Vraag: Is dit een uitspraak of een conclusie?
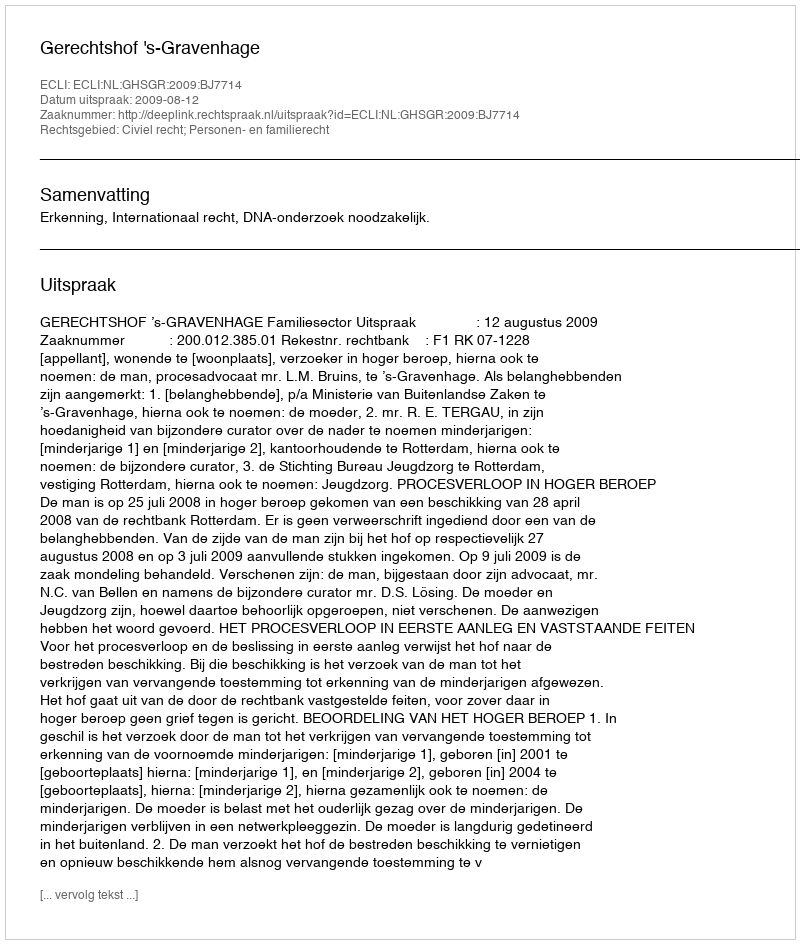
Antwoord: Uitspraak